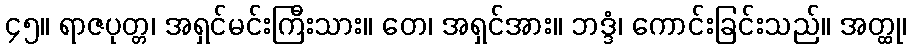
၄၅။ ရာဇပုတ္တ၊ အရှင်မင်းကြီးသား။ တေ၊ အရှင်အား။ ဘဒ္ဒံ၊ ကောင်းခြင်းသည်။ အတ္ထု၊